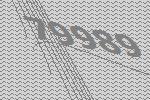
79989